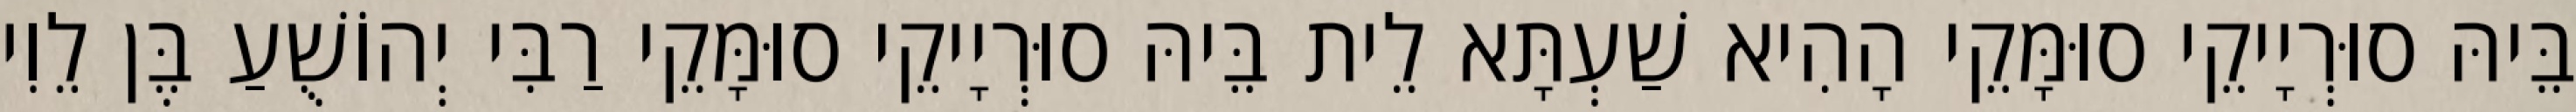
בֵּיהּ סוּרְיָיקֵי סוּמָּקֵי הָהִיא שַׁעְתָּא לֵית בֵּיהּ סוּרְיָיקֵי סוּמָּקֵי רַבִּי יְהוֹשֻׁעַ בֶּן לֵוִי